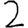
Digit: 2